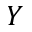
Y